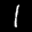
Label: 1